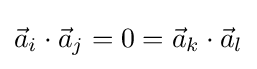
{\vec {a}}_{i}\cdot {\vec {a}}_{j}=0={\vec {a}}_{k}\cdot {\vec {a}}_{l}